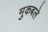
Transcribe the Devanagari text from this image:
मुकबले